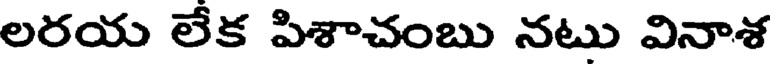
లరయ లేక పిశాచంబు నటు వినాశ